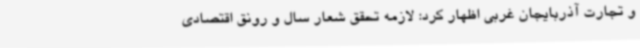
و تجارت آذربایجان غربی اظهار کرد: لازمه تحقق شعار سال و رونق اقتصادی